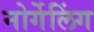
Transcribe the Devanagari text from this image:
नोर्गेलिंग